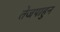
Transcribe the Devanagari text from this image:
तेजपाहुन